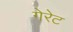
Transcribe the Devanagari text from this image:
गेरेट